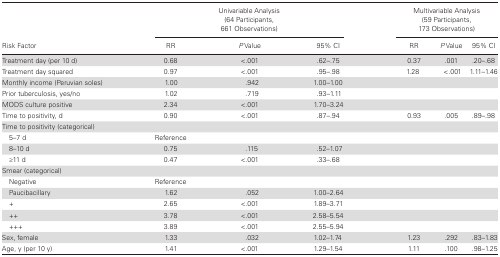
<table><thead><tr><td rowspan="2"><b>Risk Factor</b></td><td colspan="3"><b>Univariable Analysis(64 Participants, 661 Observations)</b></td><td colspan="3"><b>Multivariable Analysis(59 Participants, 173 Observations)</b></td></tr><tr><td><b>RR</b></td><td><b><i>P</i> Value</b></td><td><b>95% CI</b></td><td><b>RR</b></td><td><b><i>P</i> Value</b></td><td><b>95% CI</b></td></tr></thead><tbody><tr><td>Treatment day (per 10 d)</td><td>0.68</td><td>&lt;.001</td><td>.62–.75</td><td>0.37</td><td>.001</td><td>.20–.68</td></tr><tr><td>Treatment day squared</td><td>0.97</td><td>&lt;.001</td><td>.95–.98</td><td>1.28</td><td>&lt;.001</td><td>1.11–1.46</td></tr><tr><td>Monthly income (Peruvian soles)</td><td>1.00</td><td>.942</td><td>1.00–1.00</td><td></td><td></td><td></td></tr><tr><td>Prior tuberculosis, yes/no</td><td>1.02</td><td>.719</td><td>.93–1.11</td><td></td><td></td><td></td></tr><tr><td>MODS culture positive</td><td>2.34</td><td>&lt;.001</td><td>1.70–3.24</td><td></td><td></td><td></td></tr><tr><td>Time to positivity, d</td><td>0.90</td><td>&lt;.001</td><td>.87–.94</td><td>0.93</td><td>.005</td><td>.89–.98</td></tr><tr><td colspan="7">Time to positivity (categorical)</td></tr><tr><td> 5–7 d</td><td>Reference</td><td></td><td></td><td></td><td></td><td></td></tr><tr><td> 8–10 d</td><td>0.75</td><td>.115</td><td>.52–1.07</td><td></td><td></td><td></td></tr><tr><td> ≥11 d</td><td>0.47</td><td>&lt;.001</td><td>.33–.68</td><td></td><td></td><td></td></tr><tr><td colspan="7">Smear (categorical)</td></tr><tr><td> Negative</td><td>Reference</td><td></td><td></td><td></td><td></td><td></td></tr><tr><td> Paucibacillary</td><td>1.62</td><td>.052</td><td>1.00–2.64</td><td></td><td></td><td></td></tr><tr><td> +</td><td>2.65</td><td>&lt;.001</td><td>1.89–3.71</td><td></td><td></td><td></td></tr><tr><td> ++</td><td>3.78</td><td>&lt;.001</td><td>2.58–5.54</td><td></td><td></td><td></td></tr><tr><td> +++</td><td>3.89</td><td>&lt;.001</td><td>2.55–5.94</td><td></td><td></td><td></td></tr><tr><td>Sex, female</td><td>1.33</td><td>.032</td><td>1.02–1.74</td><td>1.23</td><td>.292</td><td>.83–1.83</td></tr><tr><td>Age, y (per 10 y)</td><td>1.41</td><td>&lt;.001</td><td>1.29–1.54</td><td>1.11</td><td>.100</td><td>.98–1.25</td></tr></tbody></table>